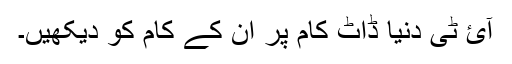
آئ ٹی دنیا ڈاٹ کام پر ان کے کام کو دیکھیں۔